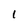
Character: 1